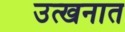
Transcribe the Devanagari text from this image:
उत्खनात